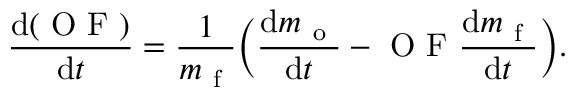
\frac { \mathrm { d } ( \mathrm { ~ O ~ F ~ } ) } { \mathrm { d } t } = \frac { 1 } { m _ { \mathrm { ~ f ~ } } } \bigg ( \frac { \mathrm { d } m _ { \mathrm { ~ o ~ } } } { \mathrm { d } t } - \mathrm { ~ O ~ F ~ } \frac { \mathrm { d } m _ { \mathrm { ~ f ~ } } } { \mathrm { d } t } \bigg ) .